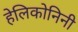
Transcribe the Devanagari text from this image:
हेलिकोनिनी